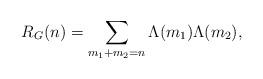
LaTeX: \begin{align*} R_{G}(n)= \sum_{m_1 + m_2 = n} \Lambda(m_1) \Lambda(m_2), \end{align*}